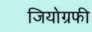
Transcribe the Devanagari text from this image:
जियोग्रफी